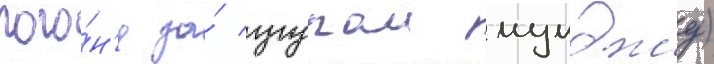
пого́н'я за́ угуром мумджу)